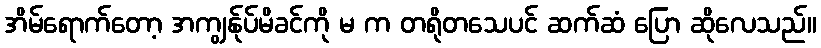
အိမ်ရောက်တော့ အကျွန်ုပ်မိခင်ကို မ က တရိုတသေပင် ဆက်ဆံ ပြော ဆိုလေသည်။